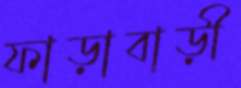
ফাড়াবাড়ী